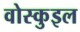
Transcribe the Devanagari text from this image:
वोस्कुइल